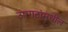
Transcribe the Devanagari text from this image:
उपगटांमधील